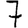
Digit: 7